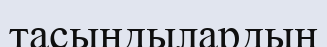
тасындылардың